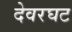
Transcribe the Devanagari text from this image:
देवरघट